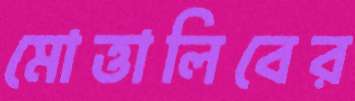
মোত্তালিবের